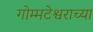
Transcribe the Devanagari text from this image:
गोम्मटेश्वराच्या